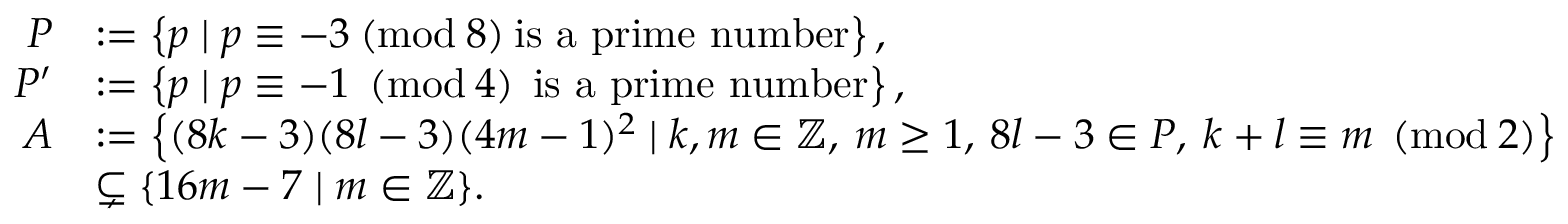
\begin{array} { r l } { P } & { : = \left\{ p \mid p \equiv - 3 \: ( \mathrm { m o d } \: 8 ) \: \mathrm { i s ~ a ~ p r i m e ~ n u m b e r } \right\} , } \\ { P ^ { \prime } } & { : = \left\{ p \mid p \equiv - 1 \: \: ( \mathrm { m o d } \: 4 ) \: \: \mathrm { i s ~ a ~ p r i m e ~ n u m b e r } \right\} , } \\ { A } & { : = \left\{ ( 8 k - 3 ) ( 8 l - 3 ) ( 4 m - 1 ) ^ { 2 } \mid k , m \in \mathbb { Z } , \: m \geq 1 , \: 8 l - 3 \in P , \: k + l \equiv m \: \: ( \mathrm { m o d } \: 2 ) \right\} } \\ & { \subsetneq \{ 1 6 m - 7 \mid m \in \mathbb { Z } \} . } \end{array}